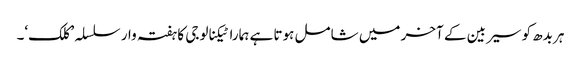
ہر بدھ کو سیربین کے آخر میں شامل ہوتا ہے ہمارا ٹیکنالوجی کا ہفتہ وار سلسلہ ’کلک‘۔